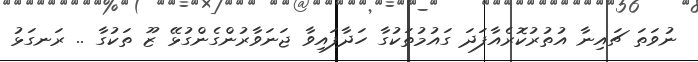
ނުވަތަ ޗައިނާ އުތުރުކޮރެއާފަދަ ގައުމުތަކުގާ ހަދާފައިވާ ޖަނަވާރުންގެންގުޅޭ ޒޫ ތަކުގާ .. ރަނގަޅު